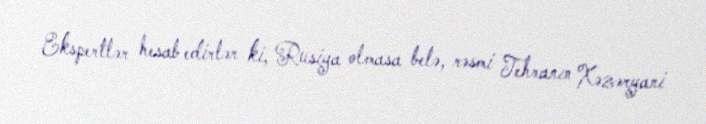
Ekspertlər hesab edirlər ki, Rusiya olmasa belə, rəsmi Tehranın Xəzəryani